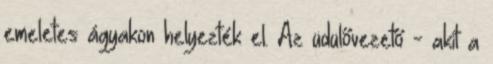
emeletes ágyakon helyezték el. Az üdülővezető - akit a